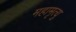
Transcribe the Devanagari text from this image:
महामृत्यु